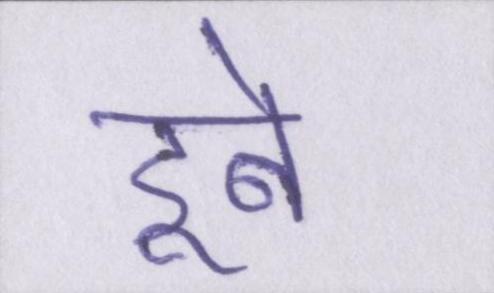
डूबे